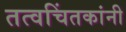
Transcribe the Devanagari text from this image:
तत्वचिंतकांनी